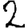
Digit: 2